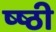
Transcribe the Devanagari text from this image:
ष्ष्ठी